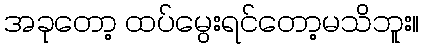
အခုတော့ ထပ်မွေးရင်တော့မသိဘူး။